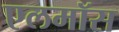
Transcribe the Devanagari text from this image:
एलमॉस